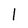
Character: 1